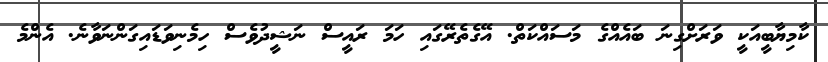
ކާމިޔާބީއަކީ ވަރަށްގިނަ ބައެއްގެ މަސައްކަތް. އޭގެތެރޭގައި ހަމަ ރައީސް ނަޝީދުވެސް ހިމެނިވަޑައިގަންނަވާނެ. އެންމެ